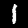
Digit: 1